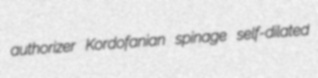
authorizer Kordofanian spinage self-dilated